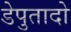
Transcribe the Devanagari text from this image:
डेपुतादो